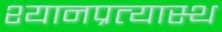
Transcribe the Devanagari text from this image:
श्यानप्रत्यास्थ